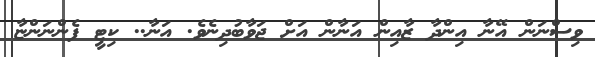
ވިސްނަން އޭނާ އިންދާ ޒާއިން އަނާން އަށް ޖަވާބުދިނެވެ. އަނާ.. ކިޓީ ފެންނަންޏާ